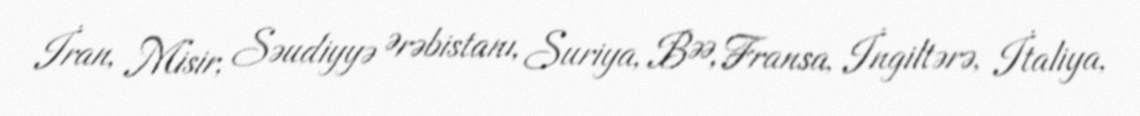
İran, Misir, Səudiyyə Ərəbistanı, Suriya, BƏƏ, Fransa, İngiltərə, İtaliya,